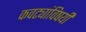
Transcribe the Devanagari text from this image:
कवट्यांविषयी